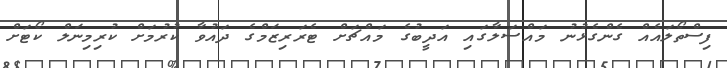
ފިސްތޯލައެއް ގެންގެޅުނު މައްސަލާގައި އަދީބުގެ މައްޗަށް ޓެރަރިޒަމްގެ ދައުވާ ކުރުމަށް ކުރިމިނަލް ކޯޓަށް